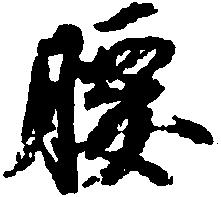
腰